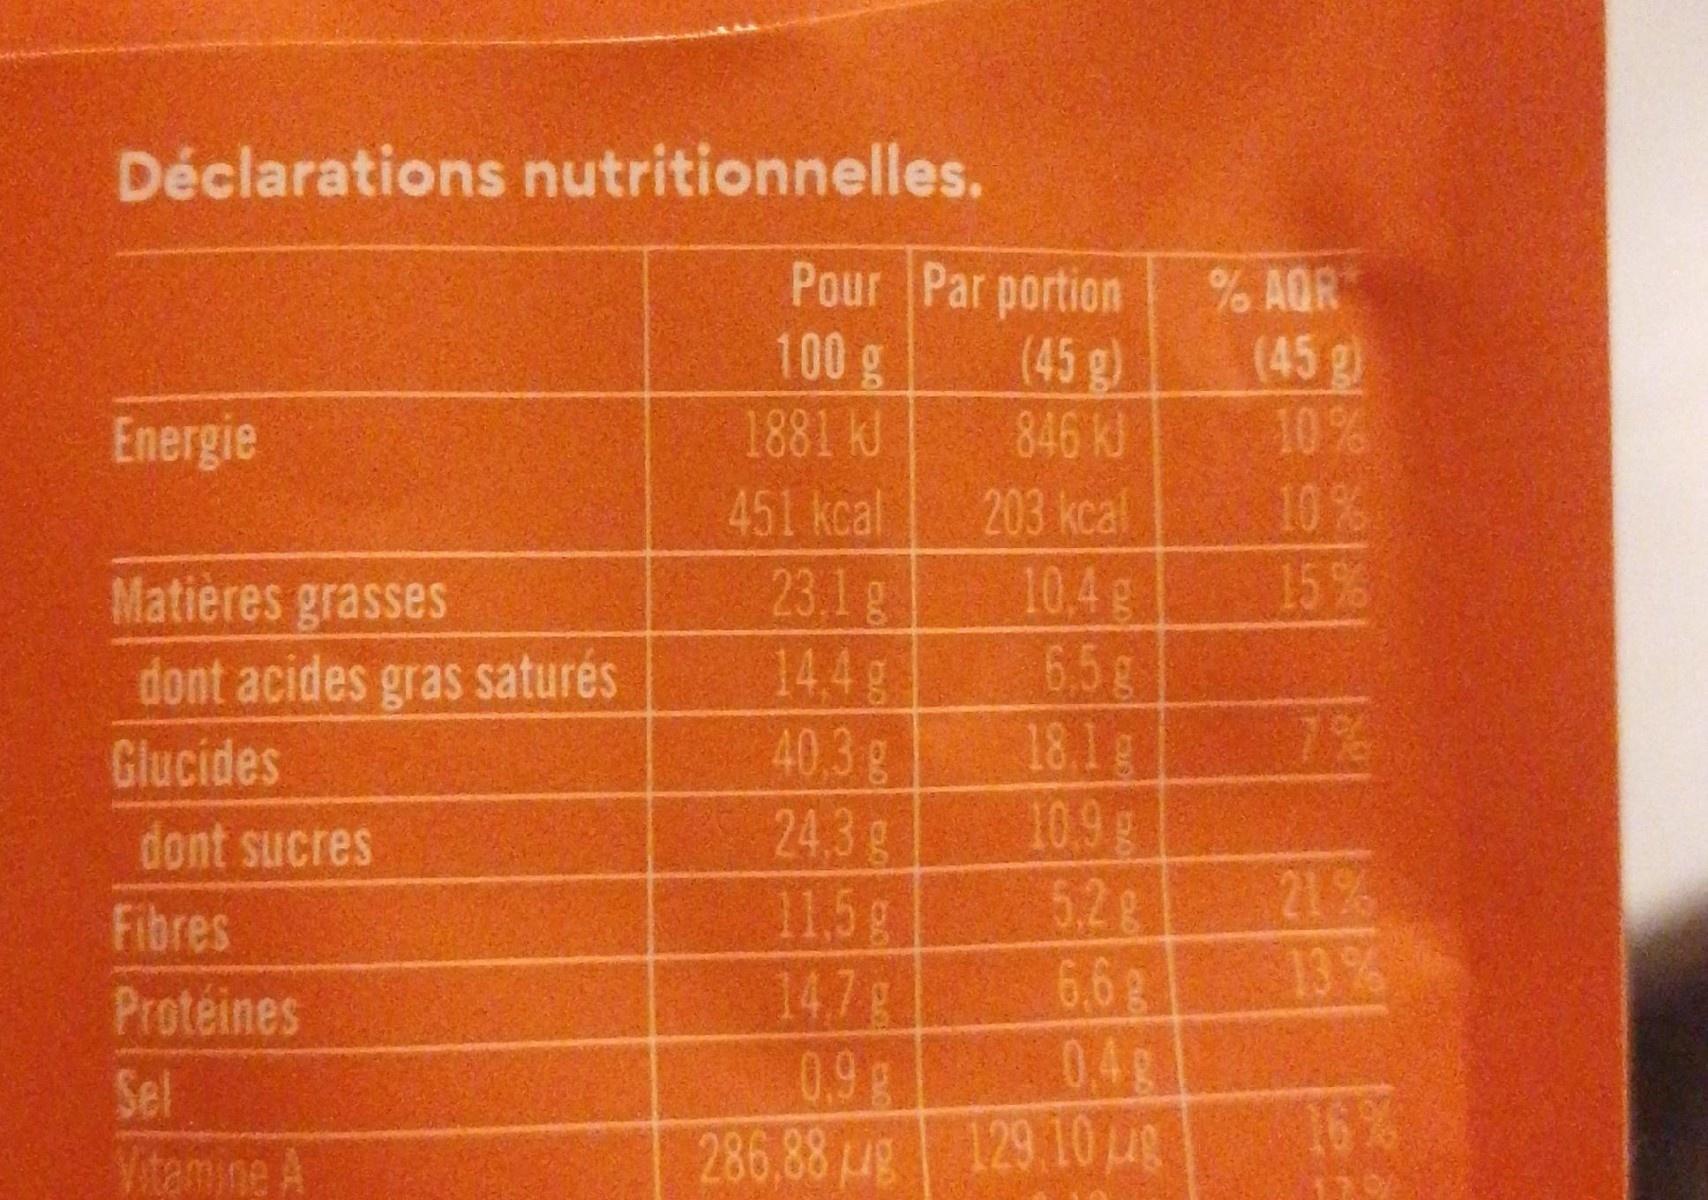
Déclarations nutritionnelles.
Pour Par portion (45 g) 846 kJ 203 kcal
% AQR (45g) 10% 10% 15%
100g
Energie
1881 kl
451 kcal
23.1 g 14.4g 40.3g 24.3g 11.5g 14,7g 0.9g 286,88 ug 129 10
10.4g 6.5g 18.1g 10.9g 5.2g 6.6
Matières grasses
dont acides gras saturés
Glucides
7%
dont sucres
21% 13%
Fibres
Proteines
Sel
0.4g
16%
Vitamine A